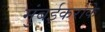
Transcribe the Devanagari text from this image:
मुंबईकरोंके